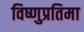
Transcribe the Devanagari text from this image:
विष्णुप्रतिमा